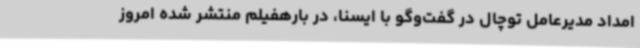
امداد مدیرعامل توچال در گفت‌وگو با ایسنا، در بارهفیلم منتشر شده امروز